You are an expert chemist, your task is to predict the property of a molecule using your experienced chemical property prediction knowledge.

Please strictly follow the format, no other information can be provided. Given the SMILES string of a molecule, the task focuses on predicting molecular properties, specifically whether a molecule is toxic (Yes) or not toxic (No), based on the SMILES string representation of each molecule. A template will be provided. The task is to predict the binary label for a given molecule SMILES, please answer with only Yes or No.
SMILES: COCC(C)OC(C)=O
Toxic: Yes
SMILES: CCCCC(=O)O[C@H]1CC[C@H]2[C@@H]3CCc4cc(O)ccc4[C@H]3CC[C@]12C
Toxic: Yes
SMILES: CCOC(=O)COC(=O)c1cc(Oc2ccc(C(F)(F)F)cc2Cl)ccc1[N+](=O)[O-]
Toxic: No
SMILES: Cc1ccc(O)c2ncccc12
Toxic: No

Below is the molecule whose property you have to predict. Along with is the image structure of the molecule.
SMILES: CCC(=O)c1ccc2c(c1)N(CCCN1CCN(CCO)CC1)c1ccccc1S2
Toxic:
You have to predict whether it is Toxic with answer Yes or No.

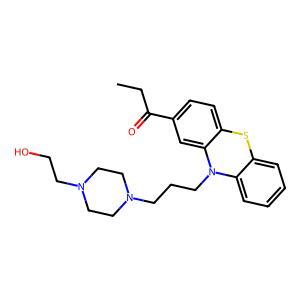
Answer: No